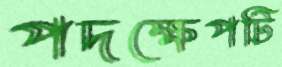
পদক্ষেপটি